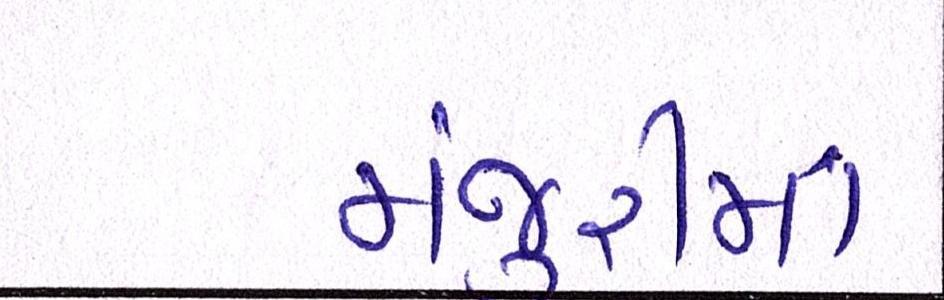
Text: મંજૂરીમાં